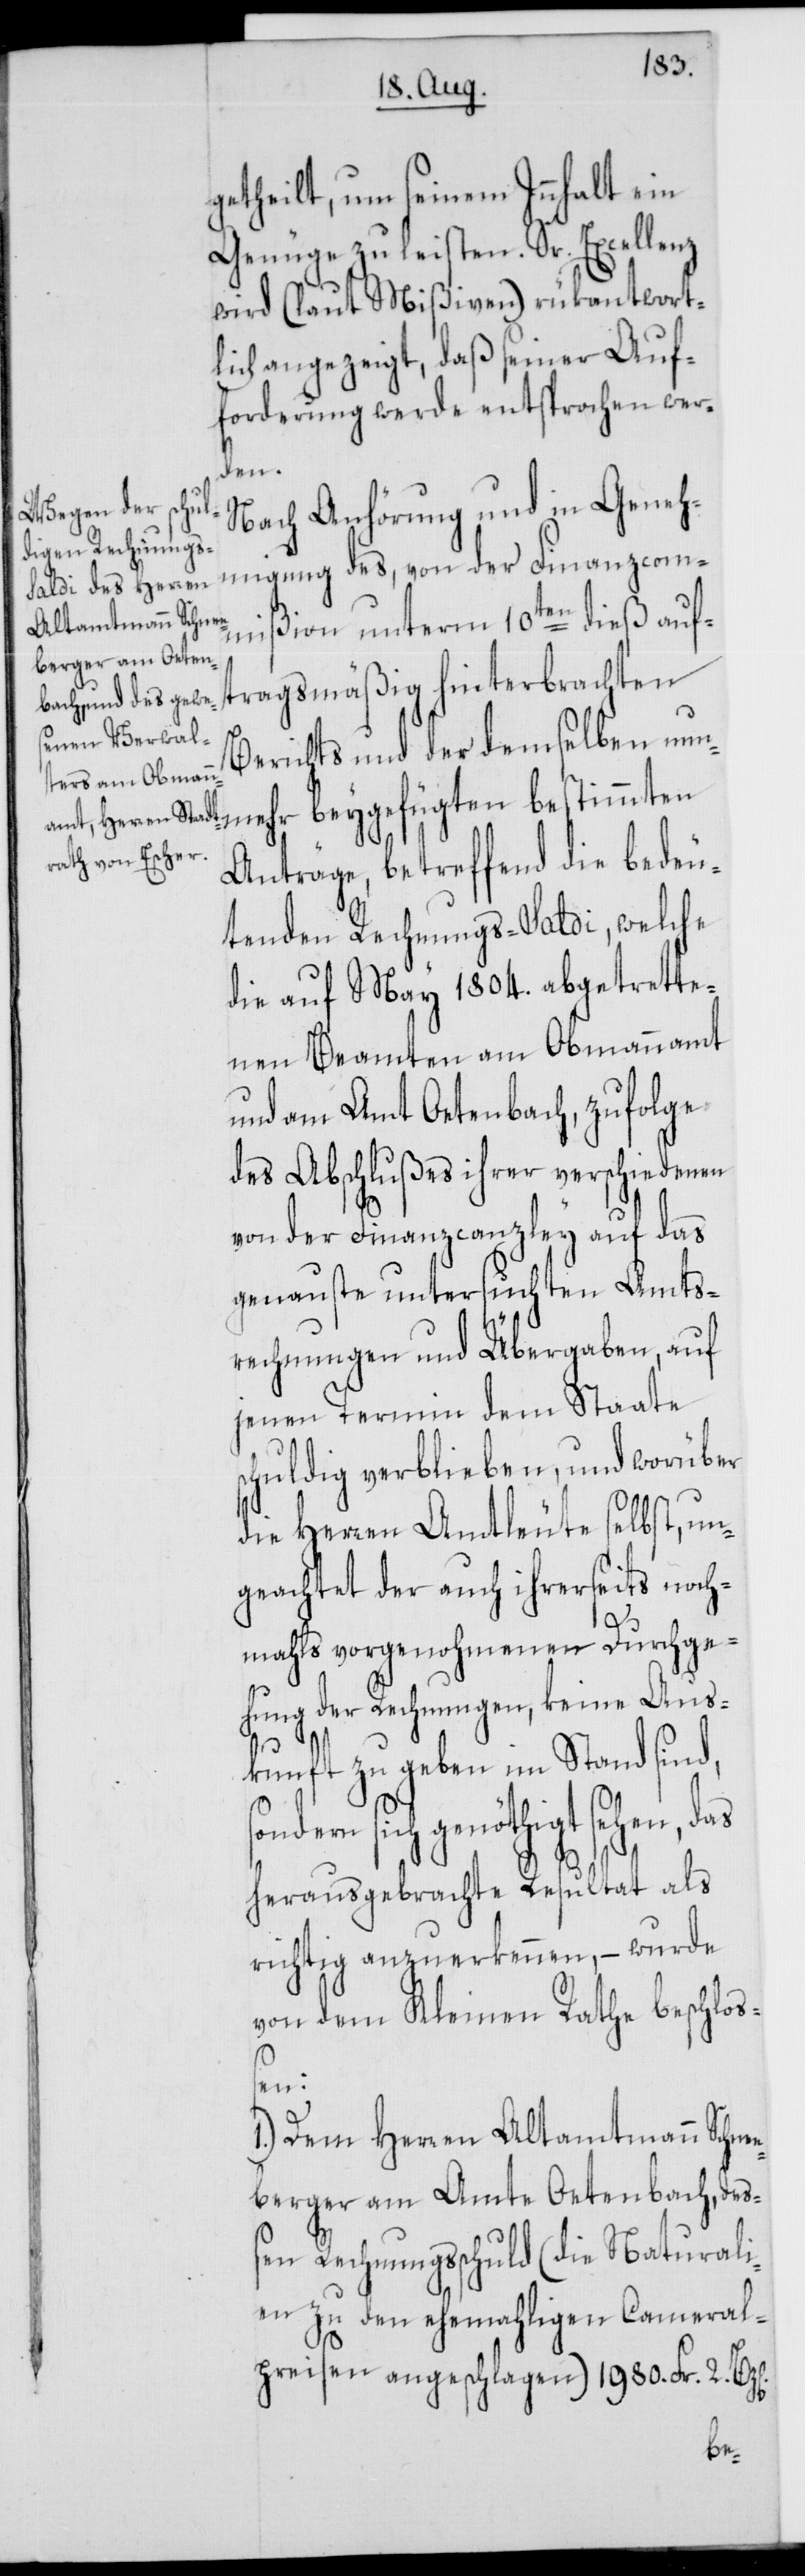
getheilt, um seinem Innhalt ein
Genüge zu leisten. Sr. Excellenz
wird (laut Mißiven) rükantwort¬
lich angezeigt, daß seiner Auf¬
forderung werde entsprochen wer¬
den.
Nach Anhörung und in Geneh¬
migung des, von der Finanzcom¬
mißion unterm 10ten dieß auf¬
tragsmäßig hinterbrachten
Berichts und der demselben nun¬
Anträge, betreffend die bedeu¬
tenden Rechnungs-Saldi, welche
die auf May 1804. abgetrette¬
nen Beamten am Obmannamt
und am Amt Oetenbach, zufolge
des Abschlußes ihrer verschiedenen
von der Finanzcanzley auf das
genaueste untersuchten Amts¬
rechnungen und Übergaben, auf
jenen Termin dem Staate
schuldig verblieben, und worüber
die Herren Amtleute selbst, un¬
geachtet der auch ihrerseits noch¬
mahls vorgenohmenen Durchge¬
hung der Rechnungen, keine Aus¬
kunft zu geben im Stand sind,
sich genöthigt sehen, das
herausgebrachte Resultat als
richtig anzuerkennen, – wurde
von dem Kleinen Rathe beschloß¬
en:
1.) Dem Herren Altamtmann Schne¬
eberger am Amte Oetenbach, deß¬
en Rechnungsschuld (die Naturali¬
en zu den ehemahligen Cameral¬
preisen angeschlagen) 1980. Fr. 2.